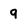
Character: 9